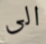
الى